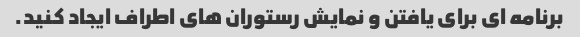
برنامه ای برای یافتن و نمایش رستوران های اطراف ایجاد کنید.